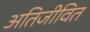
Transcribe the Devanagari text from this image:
अतिजीवित